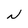
Character: N